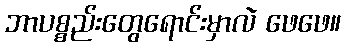
ဘာပစ္စည်းတွေရောင်းမှာလဲ ဖေဖေ။